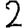
Digit: 2